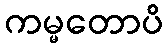
ကမ္မတောပိ